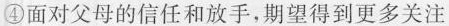
④)面对父母的信任和放手，期望得到更多关注